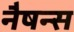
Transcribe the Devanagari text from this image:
नैषन्स